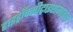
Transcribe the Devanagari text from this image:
हाइड्रॉक्सीट्राइप्टामाइन